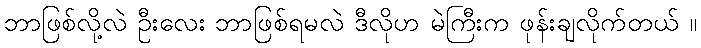
ဘာဖြစ်လို့လဲ ဦးလေး ဘာဖြစ်ရမလဲ ဒီလိုဟ မဲကြီးက ဖုန်းချလိုက်တယ် ။